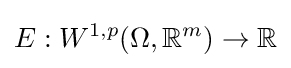
E:W^{1,p}(\Omega ,\mathbb {R} ^{m})\rightarrow \mathbb {R}